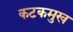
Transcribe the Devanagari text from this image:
कटकमुख